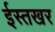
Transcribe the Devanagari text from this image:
ईस्तखर